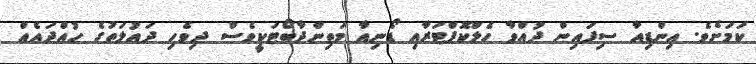
ކަމަށެވެ. އިންޑިއާ ސިފައިން ދުއްވާ ހެލްކޮޕްޓަރާއި ޑޯނިއާ މަތިންދާބޯޓަކީވެސް ދިވެހި ދައުލަތުގެ ހުއްދައެއް